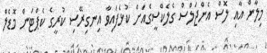
މިލާން އާއި ލޮސް އެންޖަލްސް ގެލެކްސީގެއަށް ކުޅެފައިވާ އިނގިރޭސި ކުރީގެ ކެޕްޓަން މޮޑެލް